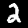
Digit: 2